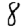
Digit: 8